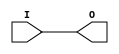
// $Header: /devl/xcs/repo/env/Databases/CAEInterfaces/verunilibs/data/unisims/IBUFG_PCIX66_3.v,v 1.6 2007/05/23 21:43:34 patrickp Exp $
///////////////////////////////////////////////////////////////////////////////
// Copyright (c) 1995/2004 Xilinx, Inc.
// All Right Reserved.
///////////////////////////////////////////////////////////////////////////////
//   ____  ____
//  /   /\/   /
// /___/  \  /    Vendor : Xilinx
// \   \   \/     Version : 10.1
//  \   \         Description : Xilinx Functional Simulation Library Component
//  /   /                  Input Clock Buffer with PCIX66_3 I/O Standard
// /___/   /\     Filename : IBUFG_PCIX66_3.v
// \   \  /  \    Timestamp : Thu Mar 25 16:42:30 PST 2004
//  \___\/\___\
//
// Revision:
//    03/23/04 - Initial version.
//    05/23/07 - Changed timescale to 1 ps / 1 ps.

`timescale  1 ps / 1 ps


module IBUFG_PCIX66_3 (O, I);

    output O;

    input  I;

	buf B1 (O, I);


endmodule